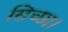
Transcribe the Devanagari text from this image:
सिच्‍छा।